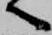
へ